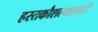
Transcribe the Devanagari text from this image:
हस्तकौशल्यासाठी